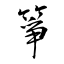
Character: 箏